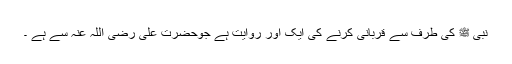
نبی ﷺ کی طرف سے قربانی کرنے کی ایک اور روایت ہے جوحضرت علی رضی اللہ عنہ سے ہے ۔